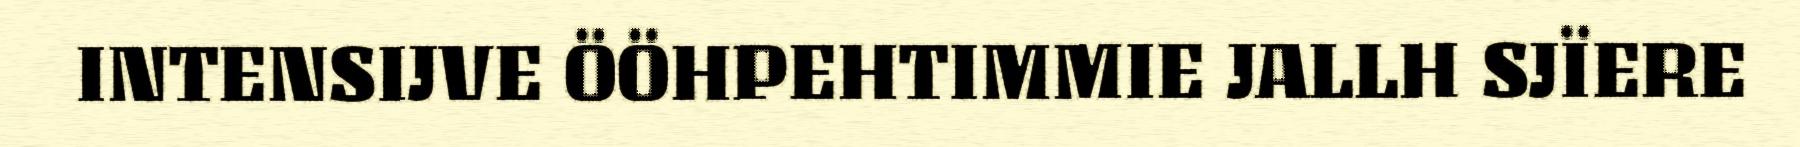
INTENSIJVE ÖÖHPEHTIMMIE JALLH SJÏERE